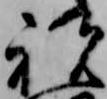
祝